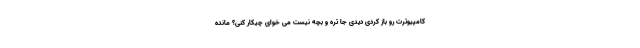
کامپیوترت رو باز کردی دیدی جا تره و بچه نیست می­ خوای چیکار کنی؟ مانده